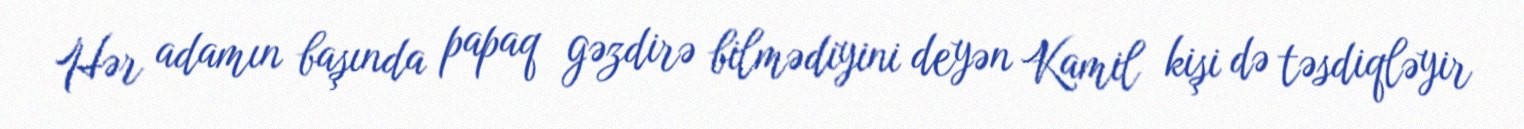
Hər adamın başında papaq gəzdirə bilmədiyini deyən Kamil kişi də təsdiqləyir